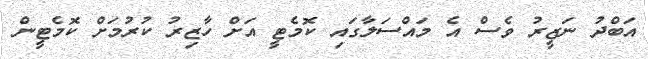
އަބްދު ނަޒީރު ވެސް އެ މައްސަލާގައި ކޮމެޓީ އަށް ހާޒިރު ކުރުމަށް ކޮމެޓީން